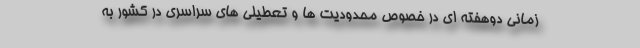
زمانی دوهفته ای در خصوص محدودیت ها و تعطیلی های سراسری در کشور به